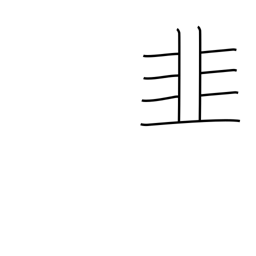
Meaning: leek radical (no. 179)